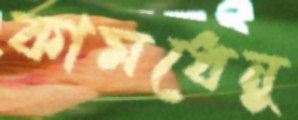
কামধেনু